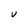
Character: U